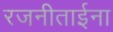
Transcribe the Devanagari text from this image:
रजनीताईना